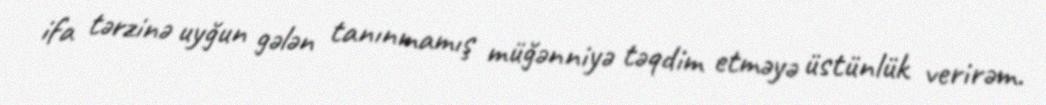
ifa tərzinə uyğun gələn tanınmamış müğənniyə təqdim etməyə üstünlük verirəm.